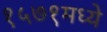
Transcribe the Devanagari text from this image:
१५७१मध्ये